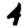
Digit: 4